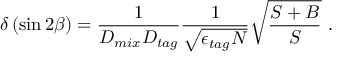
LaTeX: \delta \left( \sin 2 \beta \right) = \frac { 1 } { D _ { m i x } D _ { t a g } } \frac { 1 } { \sqrt { \epsilon _ { t a g } N } } \sqrt { \frac { S + B } { S } } \ .